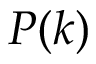
P ( k )